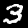
Digit: 3